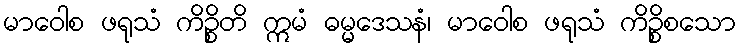
မာဝေါစ ဖရုသံ ကိဉ္စိတိ ဣမံ ဓမ္မဒေသနံ၊ မာဝေါစ ဖရုသံ ကိဉ္စိစသော